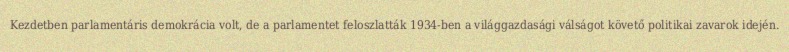
Kezdetben parlamentáris demokrácia volt, de a parlamentet feloszlatták 1934-ben a világgazdasági válságot követő politikai zavarok idején.